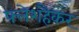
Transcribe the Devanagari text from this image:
फ्लेशहैकर